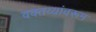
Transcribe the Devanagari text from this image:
वक्तव्यांवरून